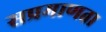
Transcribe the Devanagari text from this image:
सप्रमाणता